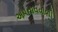
અપનાવવાળી